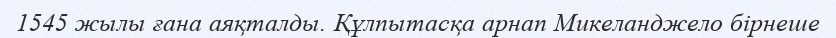
1545 жылы ғана аяқталды. Құлпытасқа арнап Микеланджело бірнеше